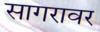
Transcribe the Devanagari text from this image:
सागरावर